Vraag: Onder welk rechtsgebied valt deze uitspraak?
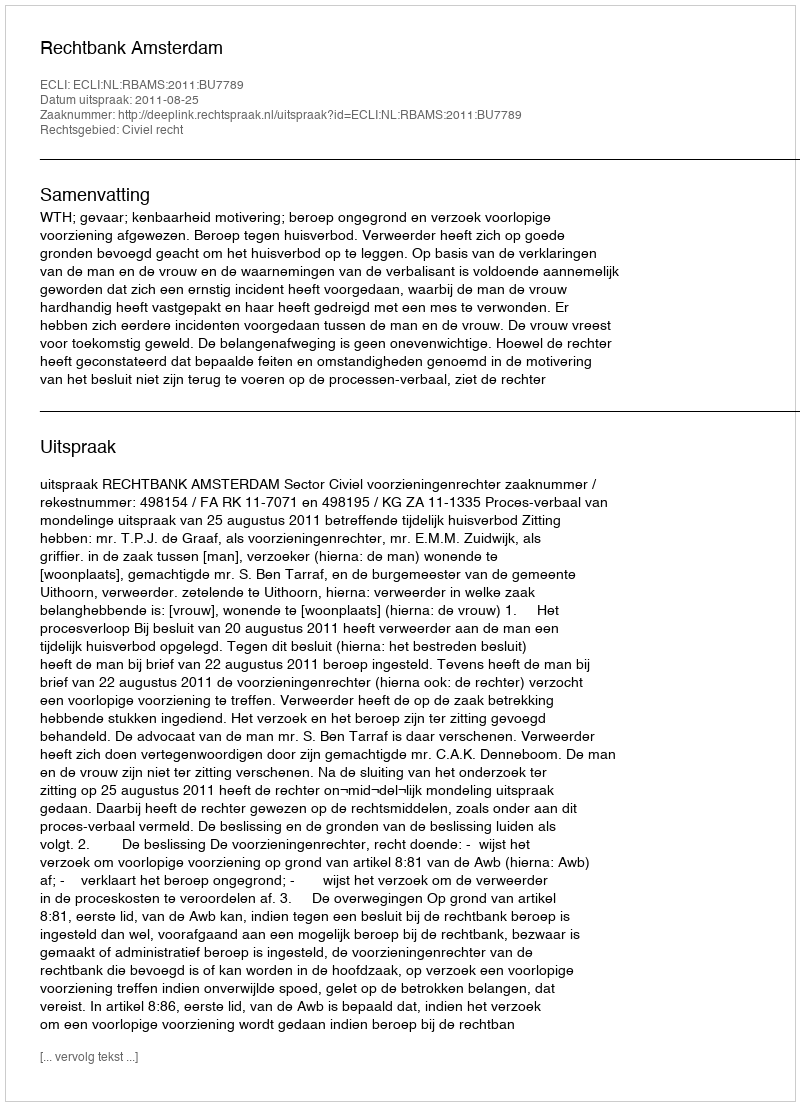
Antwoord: Civiel recht